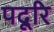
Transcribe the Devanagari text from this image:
पदूरि